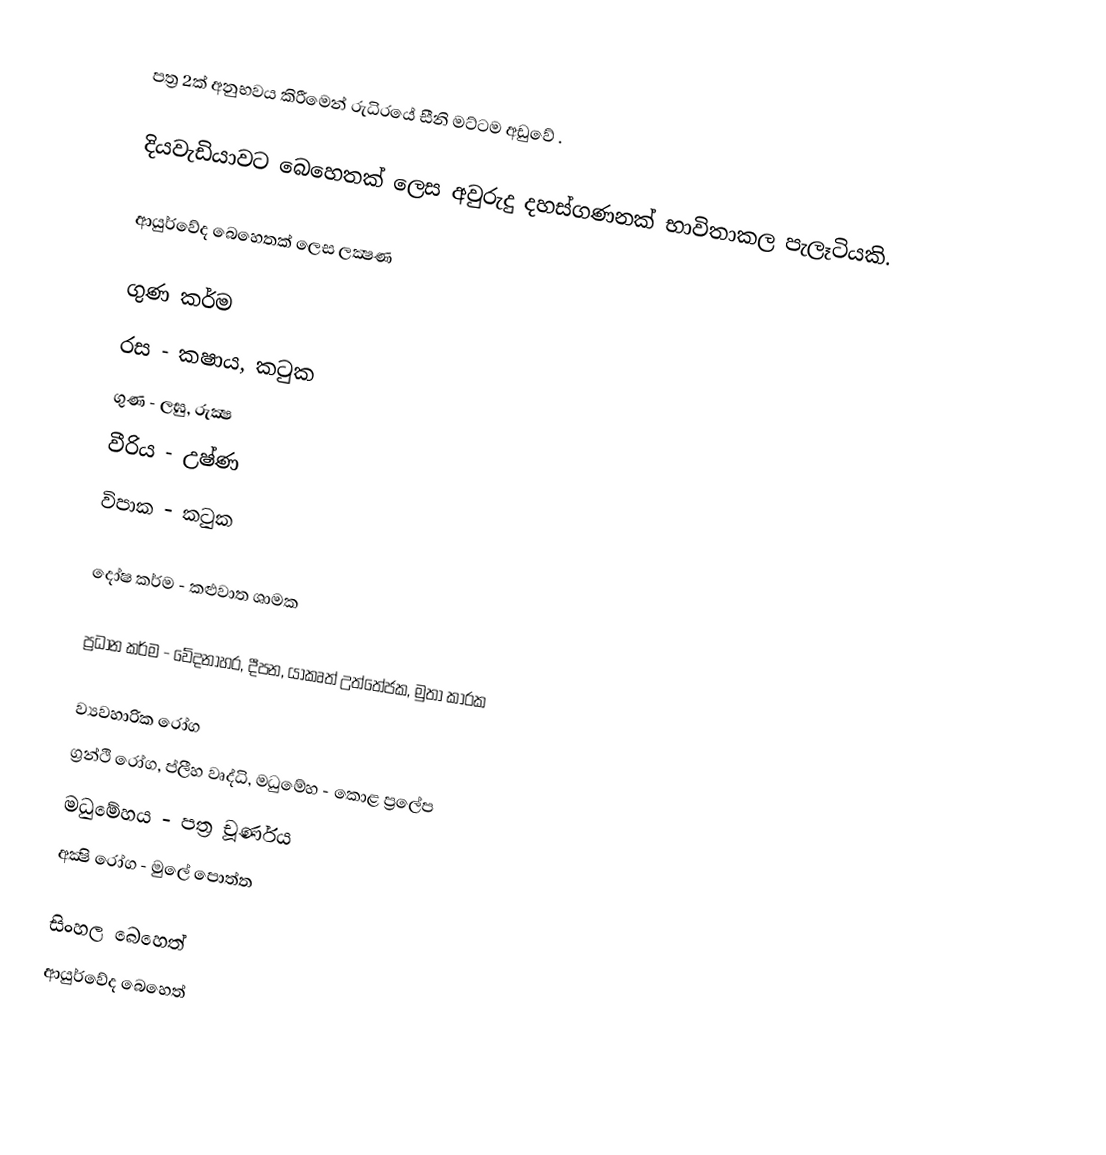
පත්‍ර 2ක් අනුභවය කිරීමෙන් රුධිරයේ සීනි මට්ටම අඩුවේ .

දියවැඩියාවට බෙහෙතක් ලෙස අවුරුදු දහස්ගණනක් භාවිතාකල පැලෑටියකි.

ආයුර්වේද බෙහෙතක් ලෙස ලක්‍ෂණ

 ගුණ කර්ම
 රස - කෂාය, කටුක
 ගුණ - ලඝු, රුක්‍ෂ
 වීරිය - උෂ්ණ
 විපාක - කටුක

 දෝෂ කර්ම - කළුවාත ශාමක

 ප්‍රධාන කර්ම - වේදනාහර, දීපන, යාකෘත් උත්තේජක, මුතා කාරක

 ව්‍යවහාරික රෝග
 ග්‍රන්ථි රෝග, ප්ලීහ වෘද්ධි, මධුමේහ - කොළ ප්‍රලේප
 මධුමේහය - පත්‍ර චූර්ණය
 අක්‍ෂි රෝග - මුලේ පොත්ත

සිංහල බෙහෙත්
ආයුර්වේද බෙහෙත්